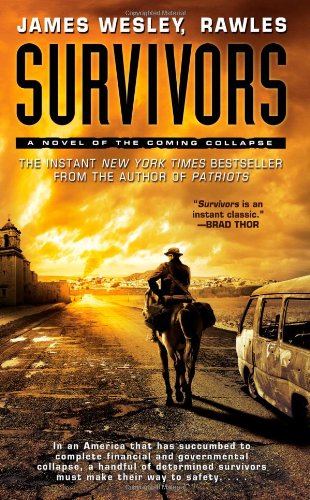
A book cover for Survivors: A Novel of the Coming Collapse; James Wesley Rawles; Mystery, Thriller & Suspense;